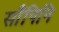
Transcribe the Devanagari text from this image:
साँपिनि